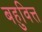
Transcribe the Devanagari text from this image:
बहुवित्त